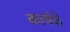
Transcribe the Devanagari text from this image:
कार्यक्षे